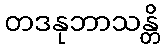
တဒနုဘာသန္တိ